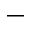
\_